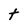
Character: t